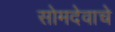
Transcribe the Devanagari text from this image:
सोमदेवाचे